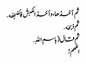
ثم أخذها ، وأخذ الکبشَ فأضجَعَه .
ثم ذبحَه .
ثم قال ( باسمِ اللهِ .
اللهم !